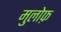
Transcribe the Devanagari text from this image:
मुलोफ़